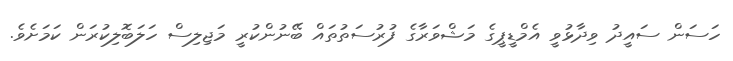
ހަސަން ސައީދު ވިދާޅުވީ އެމްޑީޕީގެ މަޝްވަރާގެ ފުރުސަތުތައް ބޭނުންކުރީ މަޖިލިސް ހަލަބޮލިކުރަން ކަމަށެވެ.